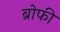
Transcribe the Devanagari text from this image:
ब्रोफी